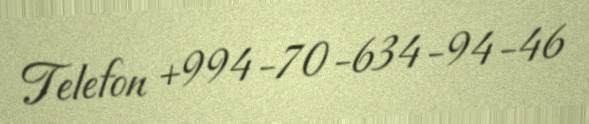
Telefon +994-70-634-94-46